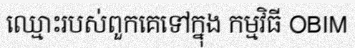
ឈ្មោះរបស់ពួកគេទៅក្នុង កម្មវិធី OBIM